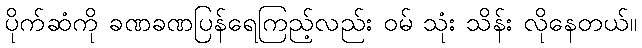
ပိုက်ဆံကို ခဏခဏပြန်ရေကြည့်လည်း ဝမ် သုံး သိန်း လိုနေတယ်။